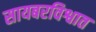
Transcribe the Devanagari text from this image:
सायबरविश्वात